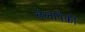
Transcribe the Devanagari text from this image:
तेलापैकी